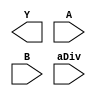
module DIV(
	Y,
	A,
	B,
	aDiv
);

output wire [7:0] Y;
input wire [3:0] A;
input wire [3:0] B;
input wire aDiv;

endmodule